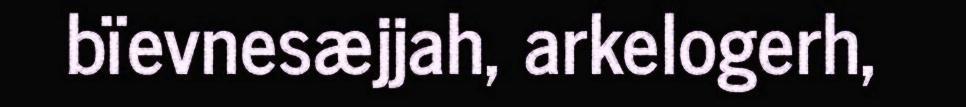
bïevnesæjjah, arkelogerh,